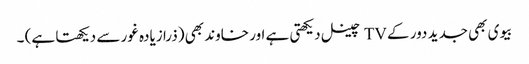
بیوی بھی جدید دور کے TV چینل دیکھتی ہے اور خاوند بھی (ذرا زیادہ غور سے دیکھتا ہے) ۔